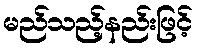
မည်သည့်နည်းဖြင့်